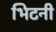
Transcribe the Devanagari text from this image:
भिटनी